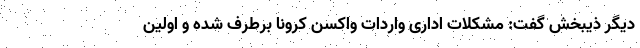
دیگر ذیبخش گفت: مشکلات اداری واردات واکسن کرونا برطرف شده و اولین